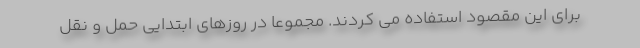
برای این مقصود استفاده می کردند. مجموعا در روزهای ابتدایی حمل و نقل